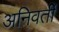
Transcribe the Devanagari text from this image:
अनिवर्ती